Relation of titanus [i.e. tetanus] to the hypodermic or intramuscular injection of quinine - Number 43
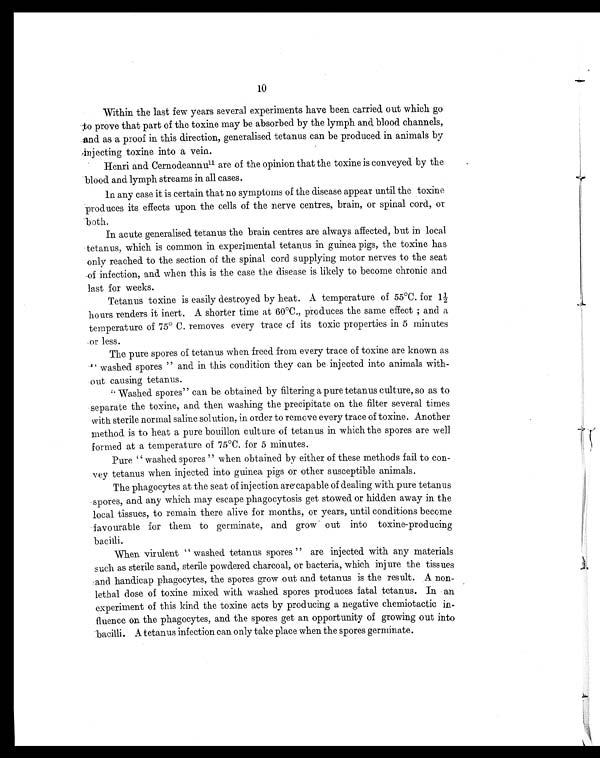
Within the last few years several experiments have been carried out which go
;to prove that part of the toxine may be absorbed by the lymph and blood channels,
and as a proof in this direction, generalised tetanus can be produced in animals by
injecting toxine into a vein.
Henri and Cernodeannu 11 are of the opinion that the toxine is conveyed by the
blood and lymph streams in all cases.
In any case it is certain that no symptoms of the disease appear until the toxine
produces its effects upon the cells of the nerve centres, brain, or spinal cord, or
b oth.
In acute generalised tetanus the brain centres are always affected, but in local
tetanus, which is common in experimental tetanus in guinea pigs, the toxine has
only reached to the section of the spinal cord supplying motor nerves to the seat
of infection, and when this is the case the disease is likely to become chronic and
last for weeks.
Tetanus toxine is easily destroyed by heat. A temperature of. 55°C. for 1½
hours renders it inert. A shorter time at 60°C., produces the same effect ; and a
temperature of 75° C. removes every trace of its toxic properties in 5 minutes
or less.
The pure spores of tetanus when freed from every trace of toxine are known as
" washed spores " and in this condition they can be injected into animals with-
out causing tetanus.
"Washed spores" can be obtained by filtering a pure tetanus culture, so as to
separate the toxine, and then washing the precipitate on the filter several times
with sterile normal saline solution, in order to remove every trace of toxine. Another
method is to heat a pure bouillon culture of tetanus in which the spores are well
formed at a temperature of 75°C. for 5 minutes.
Pure " washed spores " when obtained by either of these methods fail to con-
vey tetanus when injected into guinea pigs or other susceptible animals.
The phagocytes at the seat of injection are capable of dealing with pure tetanus
spores, and any which may escape phagocytosis get stowed or hidden away in the
local tissues, to remain there alive for months, or years, until conditions become
favourable for them to germinate, and grow out into toxine-producing
bacilli.
When virulent " washed tetanus spores " are injected with any materials
such as sterile sand, sterile powdered charcoal, or bacteria, which injure the tissues
and handicap phagocytes, the spores grow out and tetanus is the result. A non-
lethal dose of toxine mixed with washed spores produces fatal tetanus. In an
experiment of this kind the toxine acts by producing a negative chemiotactic in-
fluence on the phagocytes, and the spores get an opportunity of growing out into
bacilli. A tetanus infection can only take place when the spores germinate.